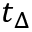
t _ { \Delta }